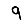
Digit: 9